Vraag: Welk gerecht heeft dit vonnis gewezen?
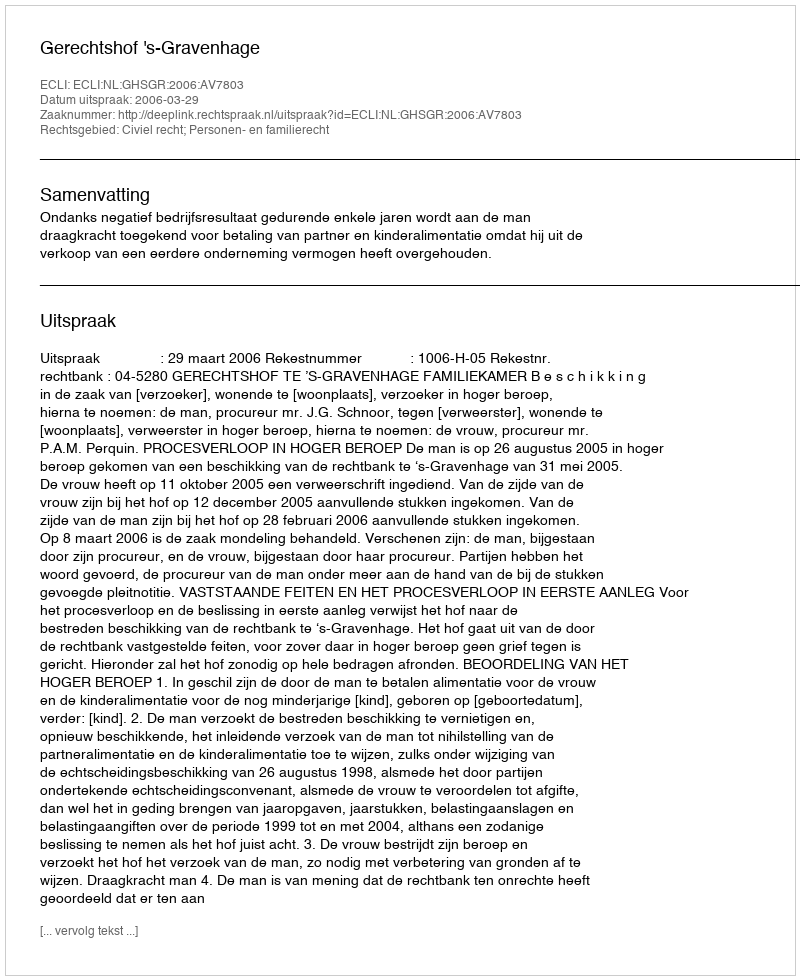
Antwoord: Gerechtshof 's-Gravenhage